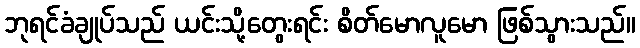
ဘုရင်ခံချုပ်သည် ယင်းသို့တွေးရင်း စိတ်မောလူမော ဖြစ်သွားသည်။